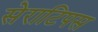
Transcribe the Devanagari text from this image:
सेराटिपस